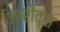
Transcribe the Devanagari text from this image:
जारीकृत